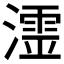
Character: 𭲬